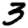
Digit: 3